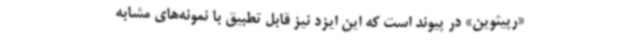
«رپیثوین» در پیوند است که این ایزد نیز قابل تطبیق با نمونه‌های مشابه